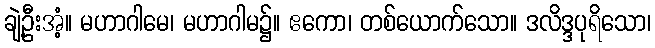
ချဲ့ဦးအံ့။ မဟာဂါမေ၊ မဟာဂါမ၌။ ဧကော၊ တစ်ယောက်သော။ ဒလိဒ္ဒပုရိသော၊